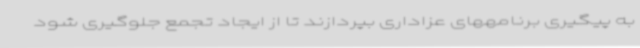
به پیگیری برنامههای عزاداری بپردازند تا از ایجاد تجمع جلوگیری شود